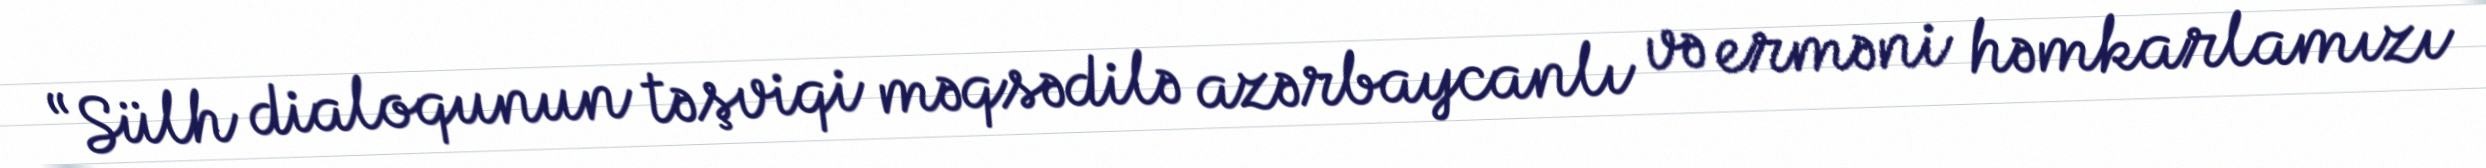
“Sülh dialoqunun təşviqi məqsədilə azərbaycanlı və erməni həmkarlamızı